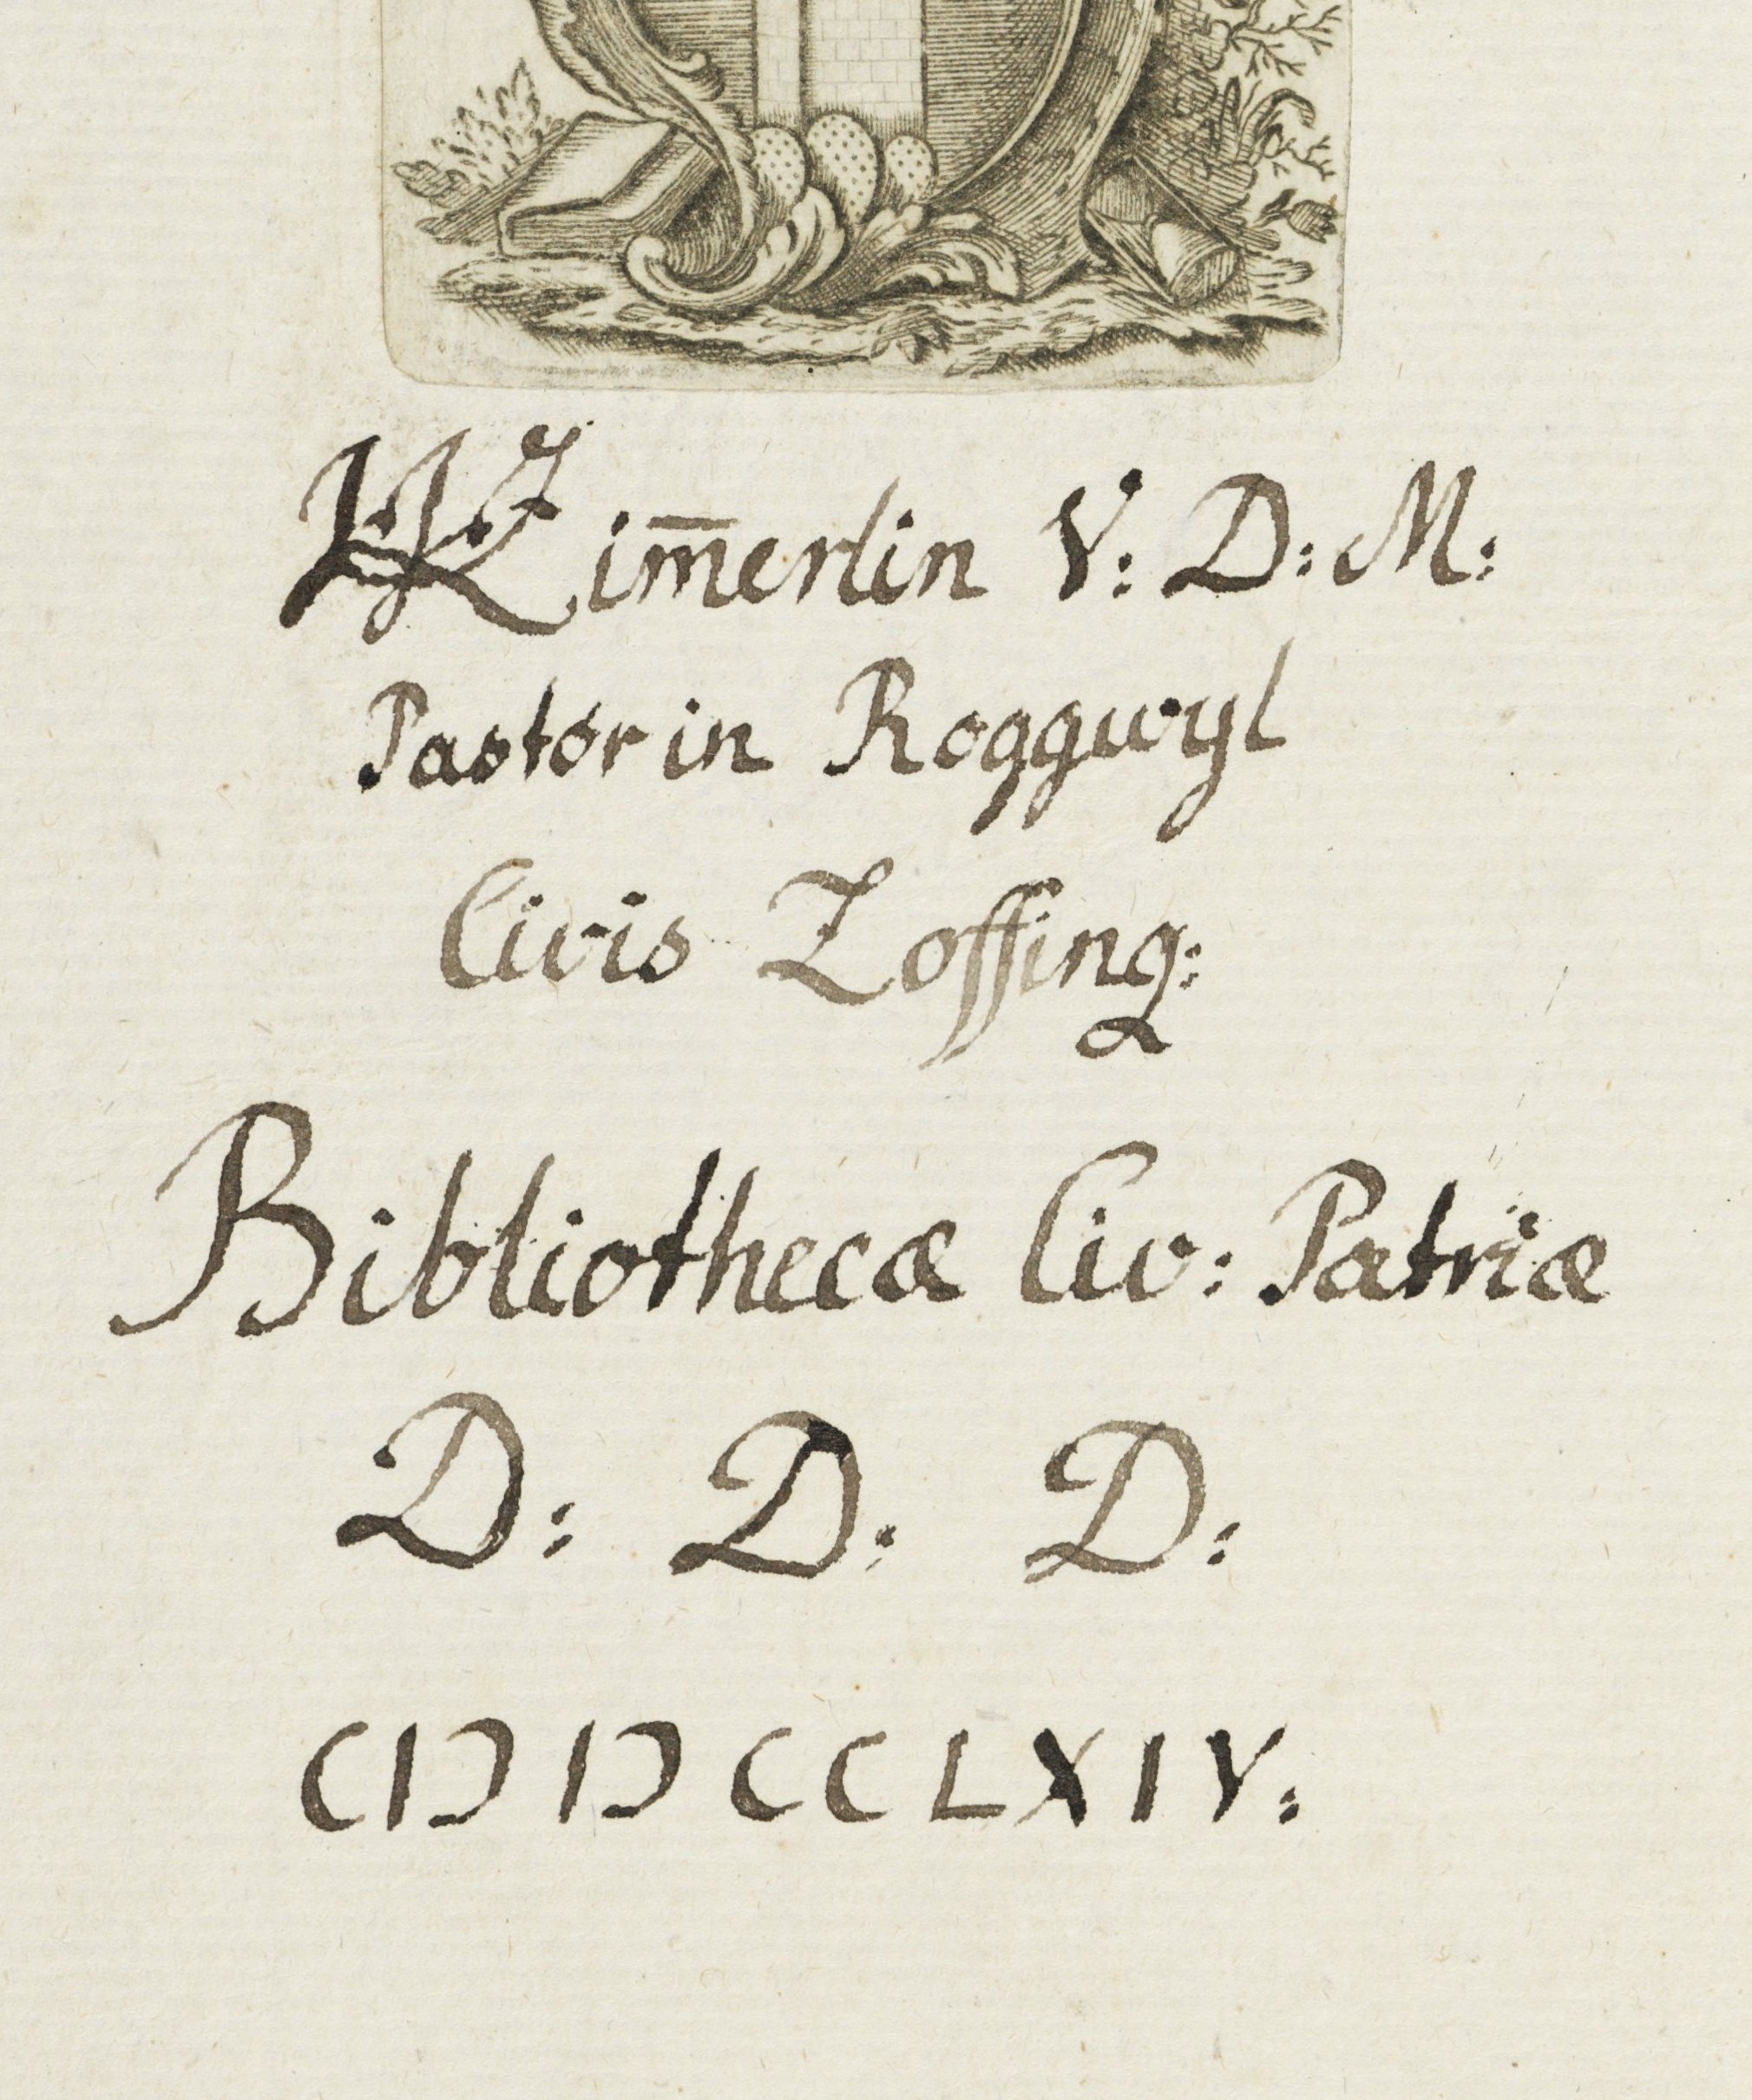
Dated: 1420–1429